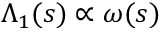
\Lambda _ { 1 } ( s ) \propto \omega ( s )